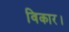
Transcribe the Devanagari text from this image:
विकार।